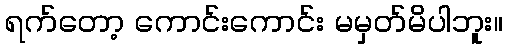
ရက်တော့ ကောင်းကောင်း မမှတ်မိပါဘူး။